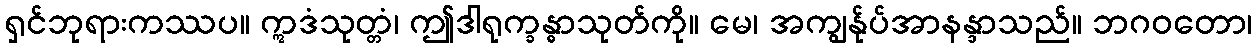
ရှင်ဘုရားကဿပ။ ဣဒံသုတ္တံ၊ ဤဒါရုက္ခန္ဓာသုတ်ကို။ မေ၊ အကျွန်ုပ်အာနန္ဒာသည်။ ဘဂဝတော၊